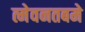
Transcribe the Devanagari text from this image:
त्मेवनतबमे